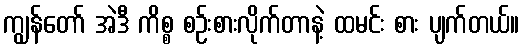
ကျွန်တော် အဲဒီ ကိစ္စ စဉ်းစားလိုက်တာနဲ့ ထမင်း စား ပျက်တယ်။